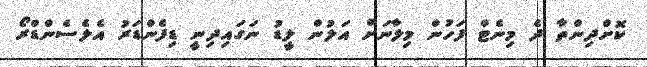
ކޮށްދިންތާ ދެ މިނެޓް ފަހުން މިލާނަށް އަލުން ލީޑު ނަގައިދިނީ ޑިފެންޑަރު އެލެސެންޑްރޯ